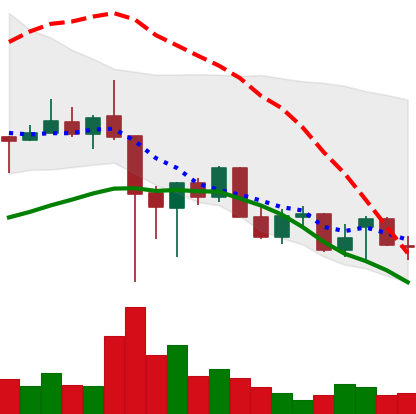
Ticker: XLM-USD
Chart end date: 2021-12-17
Forward return: 4.739%
Label: up_3_5